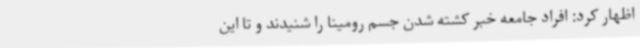
اظهار کرد: افراد جامعه خبر کشته شدن جسم رومینا را شنیدند و تا این